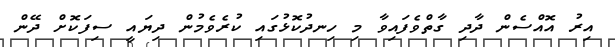
އިރު އޮއްސެން ދާދި ގާތްވެފައިވާ މި ހިނދުކޮޅުގައި ކުރެވެމުން ދިޔައީ ސިފަކޮށް ދޭން